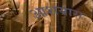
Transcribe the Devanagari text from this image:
आशयास